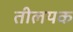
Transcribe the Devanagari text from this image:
तीलयक